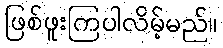
ဖြစ်ဖူးကြပါလိမ့်မည်။